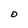
Character: O